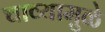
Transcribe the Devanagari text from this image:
चाव्यामुळे